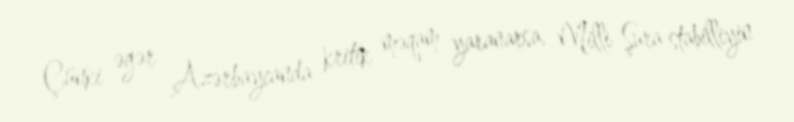
Çünki əgər Azərbaycanda kritik məqam yaranarsa, Milli Şura stabilliyin